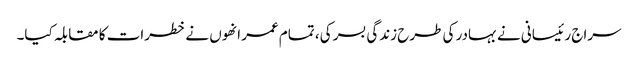
سراج رئیسانی نے بہادر کی طرح زندگی بسر کی، تمام عمر انھوں نے خطرات کا مقابلہ کیا۔